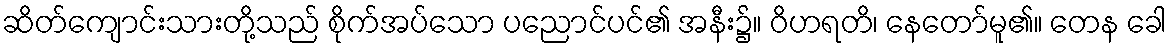
ဆိတ်ကျောင်းသားတို့သည် စိုက်အပ်သော ပညောင်ပင်၏ အနီး၌။ ဝိဟရတိ၊ နေတော်မူ၏။ တေန ခေါ